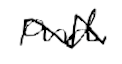
Text: and
Cross-out: zig-zag
Writing tool: digital_black